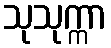
သုသုက္ကာ